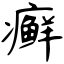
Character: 癣